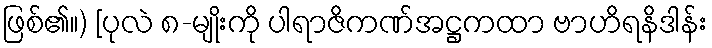
ဖြစ်၏။) [ပုလဲ ၈-မျိုးကို ပါရာဇိကဏ်အဋ္ဌကထာ ဗာဟိရနိဒါန်း